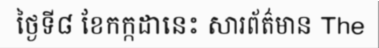
ថ្ងៃទី៨ ខែកក្កដានេះ សារព័ត៌មាន The